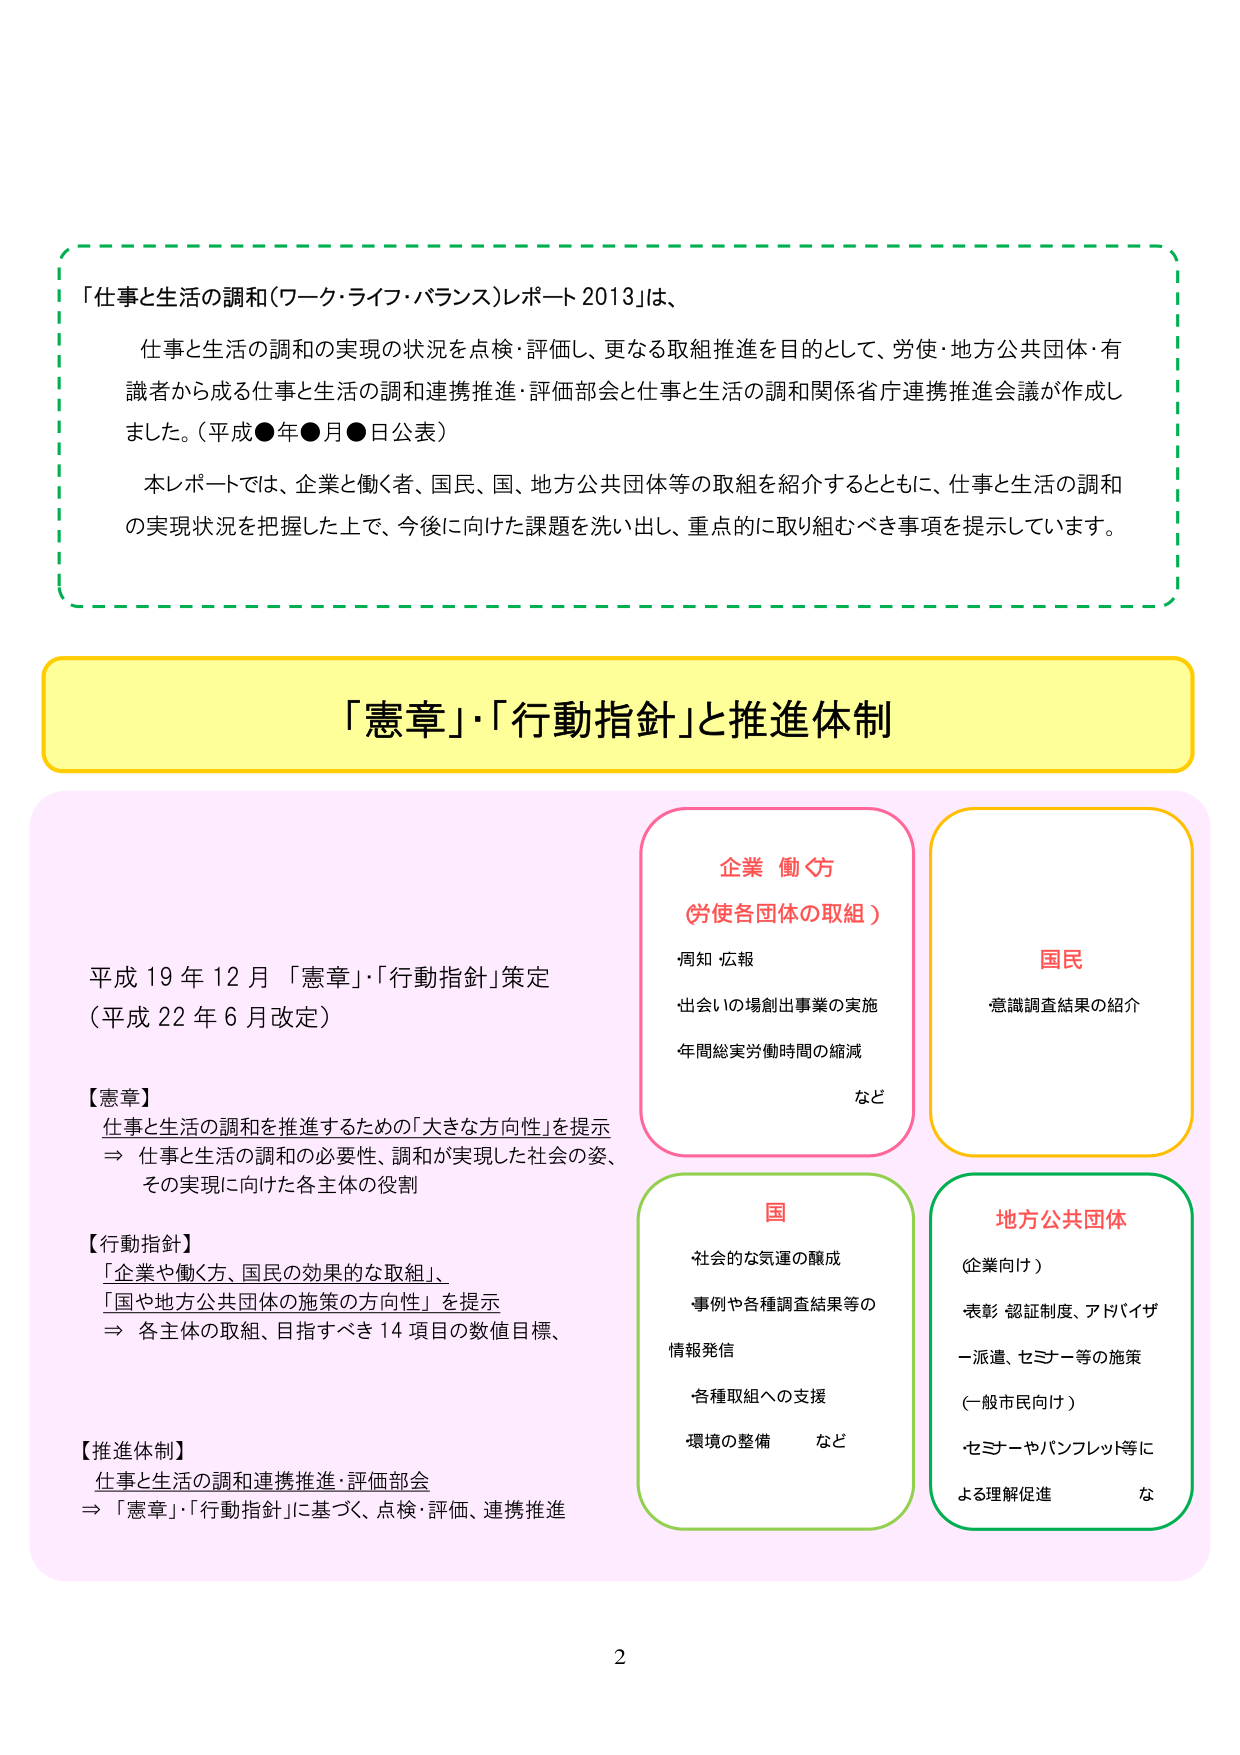
「仕事と生活の調和（ワーク・ライフ・バランス）レポート 2013」は、
仕事と生活の調和の実現の状況を点検・評価し、更なる取組推進を目的として、労使・地方公共団体・有識者から成る仕事と生活の調和連携推進・評価部会と仕事と生活の調和関係省庁連携推進会議が作成しました。（平成●年●月●日公表）
本レポートでは、企業と働く者、国民、国、地方公共団体等の取組を紹介するとともに、仕事と生活の調和の実現状況を把握した上で、今後に向けた課題を洗い出し、重点的に取り組むべき事項を提示しています。

「憲章」・「行動指針」と推進体制

平成 19 年 12 月 「憲章」・「行動指針」策定
（平成 22 年 6 月改定）

【憲章】
仕事と生活の調和を推進するための「大きな方向性」を提示
⇒ 仕事と生活の調和の必要性、調和が実現した社会の姿、
　その実現に向けた各主体の役割

【行動指針】
「企業や働く者、国民の効果的な取組」、
「国や地方公共団体の施策の方向性」を提示
⇒ 各主体の取組、目指すべき 14 項目の数値目標、

【推進体制】
仕事と生活の調和連携推進・評価部会
⇒ 「憲章」・「行動指針」に基づく、点検・評価、連携推進

企業 働く方
（労使各団体の取組）
周知・広報
出会いの場創出事業の実施
年間総実労働時間の縮減
など

国民
意識調査結果の紹介

国
社会的な気運の醸成
事例や各種調査結果等の
情報発信
各種取組への支援
環境の整備　など

地方公共団体
（企業向け）
表彰・認証制度、アドバイザ
ー派遣、セミナー等の施策
（一般市民向け）
・セミナーやパンフレット等に
　よる理解促進　な

2